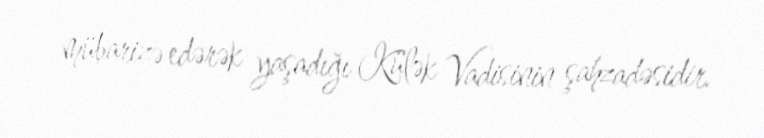
mübarizə edərək yaşadığı Külək Vadisinin şahzadəsidir.